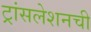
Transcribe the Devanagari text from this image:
ट्रांसलेशनची